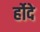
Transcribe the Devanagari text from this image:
र्होदे